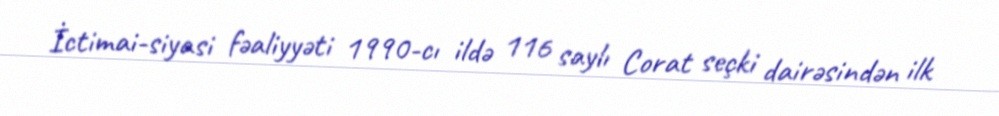
İctimai-siyasi fəaliyyəti 1990-cı ildə 116 saylı Corat seçki dairəsindən ilk